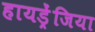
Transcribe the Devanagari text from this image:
हायड्रेंजिया